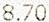
8.70